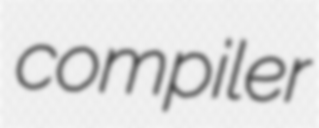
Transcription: compiler